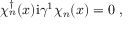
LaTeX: \chi _ { n } ^ { \dagger } ( x ) \mathrm { i } \gamma ^ { 1 } \chi _ { n } ( x ) = 0 \ ,